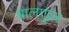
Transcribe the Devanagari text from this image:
बालगुदर